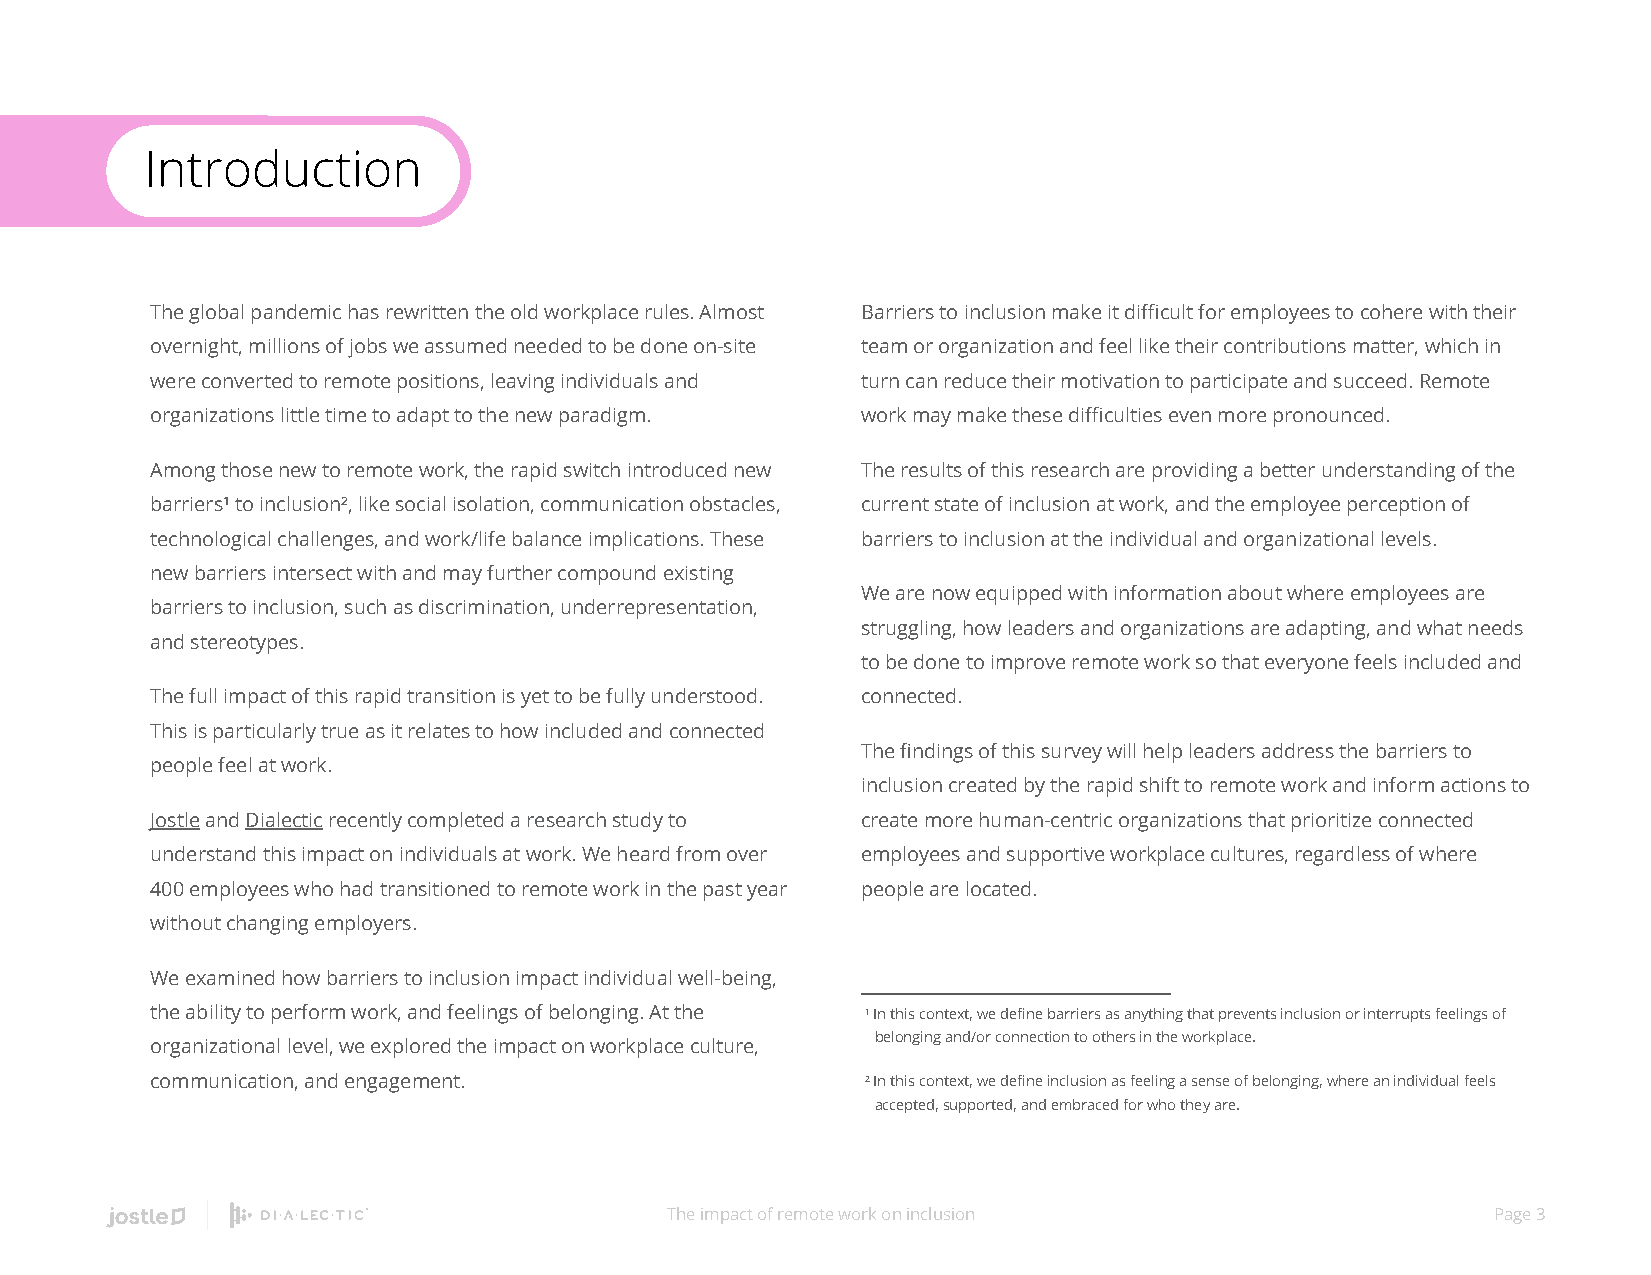
Introduction
 The global pandemic has rewritten the old workplace rules. Almost Barriers to inclusion make it difficult for employees to cohere with their
 overnight, millions of jobs we assumed needed to be done on-site team or organization and feel like their contributions matter, which in
 were converted to remote positions, leaving individuals and turn can reduce their motivation to participate and succeed. Remote
 organizations little time to adapt to the new paradigm. work may make these difficulties even more pronounced.
 Among those new to remote work, the rapid switch introduced new The results of this research are providing a better understanding of the
 barriers¹ to inclusion², like social isolation, communication obstacles, current state of inclusion at work, and the employee perception of
 technological challenges, and work/life balance implications. These barriers to inclusion at the individual and organizational levels.
 new barriers intersect with and may further compound existing
 We are now equipped with information about where employees are
 barriers to inclusion, such as discrimination, underrepresentation,
 struggling, how leaders and organizations are adapting, and what needs
 and stereotypes.
 to be done to improve remote work so that everyone feels included and
 The full impact of this rapid transition is yet to be fully understood. connected.
 This is particularly true as it relates to how included and connected
 The findings of this survey will help leaders address the barriers to
 people feel at work.
 inclusion created by the rapid shift to remote work and inform actions to
 Jostle and Dialectic recently completed a research study to create more human-centric organizations that prioritize connected
 understand this impact on individuals at work. We heard from over employees and supportive workplace cultures, regardless of where
 400 employees who had transitioned to remote work in the past year people are located.
 without changing employers.
 We examined how barriers to inclusion impact individual well-being,
 the ability to perform work, and feelings of belonging. At the ¹ In this context, we define barriers as anything that prevents inclusion or interrupts feelings of
 belonging and/or connection to others in the workplace.
 organizational level, we explored the impact on workplace culture,
 communication, and engagement.                 ² In this context, we define inclusion as feeling a sense of belonging, where an individual feels
 accepted, supported, and embraced for who they are.
 The impact of remote work on inclusion                 Page 3